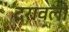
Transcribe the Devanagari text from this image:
दरावली